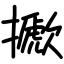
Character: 擨